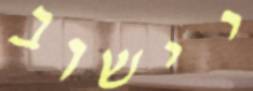
יישוב